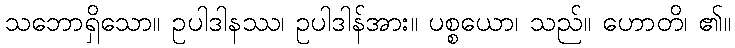
သဘောရှိသော။ ဥပါဒါနဿ၊ ဥပါဒါန်အား။ ပစ္စယော၊ သည်။ ဟောတိ၊ ၏။